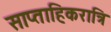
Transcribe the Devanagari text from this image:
साप्ताहिकरात्रि